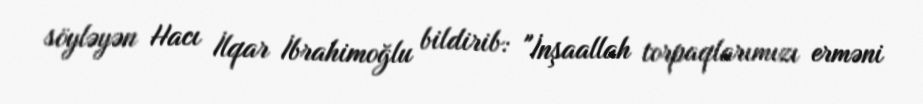
söyləyən Hacı İlqar İbrahimoğlu bildirib: "İnşaallah torpaqlarımızı erməni